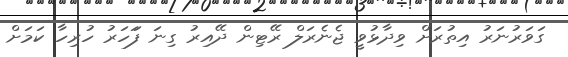
ގަވަރުނަރު އިތުރަށް ވިދާޅުވީ ޖެނެރަލް ރޭޓިން ދޭއިރު ގިނަ ފަަހަރު ހުރިހާ ކަމަށް